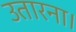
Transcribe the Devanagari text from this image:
उतारना।